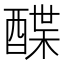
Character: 𲆲